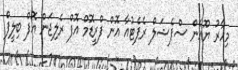
މިހާރު ޔޫއެން ސްޕެޝަލް ރެޕެޓުއާ އޮން ފްރީޑޮމް އޮފް ރެލިޖަން އޮފް ބިލީފް